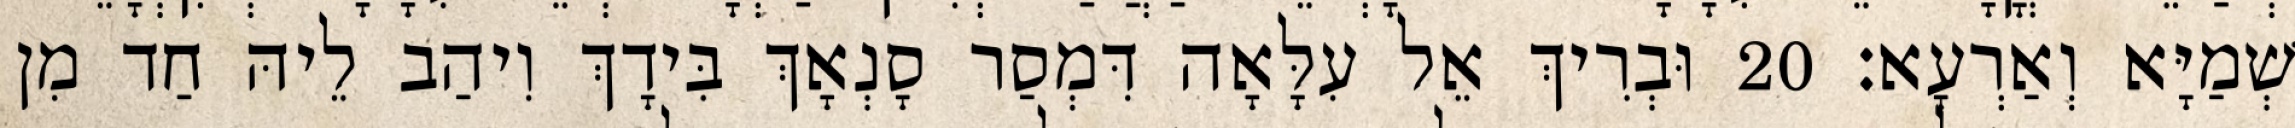
שְׁמַיָּא וְאַרְעָא׃ 20 וּבְרִיךְ אֵל עִלָּאָה דִּמְסַר סָנְאָךְ בִּידָךְ וִיהַב לֵיהּ חַד מִן